Vaccination North-Western Provinces and Oudh 1896-1901 - 1896-1901
Year: 1896
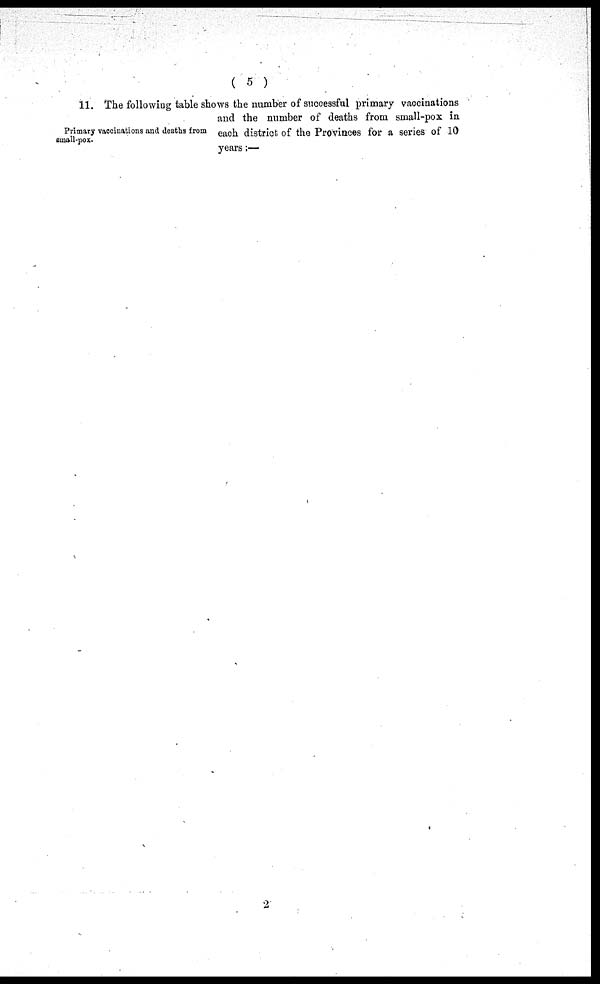
( 5 )
Primary vaccinations and deaths from
small-pox.
11. The following table shows the number of successful primary vaccinations
and the number of deaths from small-pox in
each district of the Provinces for a series of 10
years:—